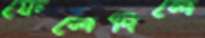
ফেলেদিলে